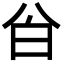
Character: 㒶